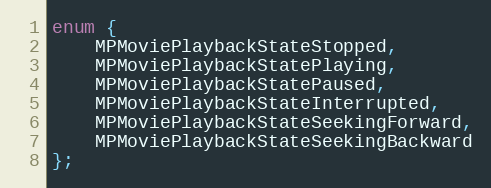
Language: C
enum {
    MPMoviePlaybackStateStopped,
    MPMoviePlaybackStatePlaying,
    MPMoviePlaybackStatePaused,
    MPMoviePlaybackStateInterrupted,
    MPMoviePlaybackStateSeekingForward,
    MPMoviePlaybackStateSeekingBackward
};